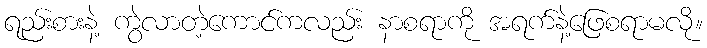
ရည်းစားနဲ့ ကွဲလာတဲ့ကောင်ကလည်း နာစရာကို အရက်နဲ့ဖြေစရာမလို။